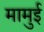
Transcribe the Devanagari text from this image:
मामुई